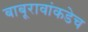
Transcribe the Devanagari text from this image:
बाबूरावांकडेच